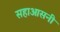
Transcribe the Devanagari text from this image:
सहाआसनी